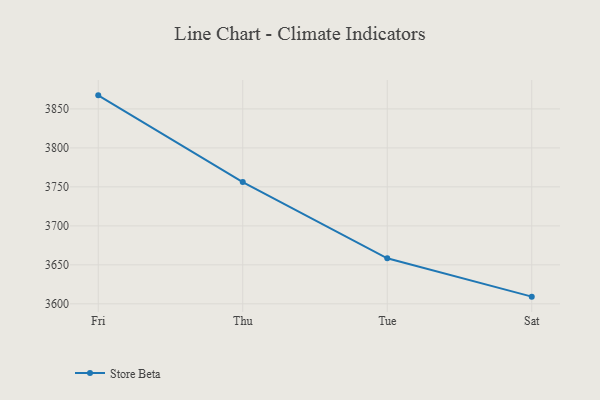
{"axis": {"x": "Day", "y": "Inventory Turnover"}, "legend": ["Store Beta"], "data": [{"x": "Fri", "y": 3867.4, "type": "Store Beta"}, {"x": "Thu", "y": 3756.1, "type": "Store Beta"}, {"x": "Tue", "y": 3658.4, "type": "Store Beta"}, {"x": "Sat", "y": 3609.2, "type": "Store Beta"}]}